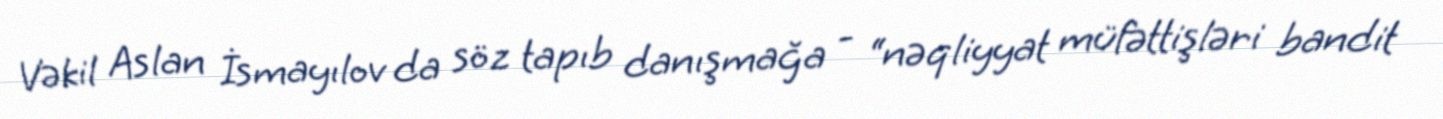
Vəkil Aslan İsmayılov da söz tapıb danışmağa - “nəqliyyat müfəttişləri bandit